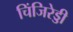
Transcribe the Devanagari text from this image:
चिंजिरेड्डी